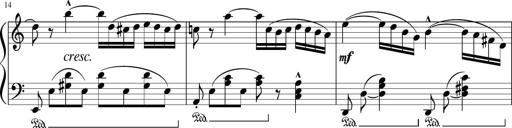
Title: 3 Sonatinen
Composer: Heinrich Lichner